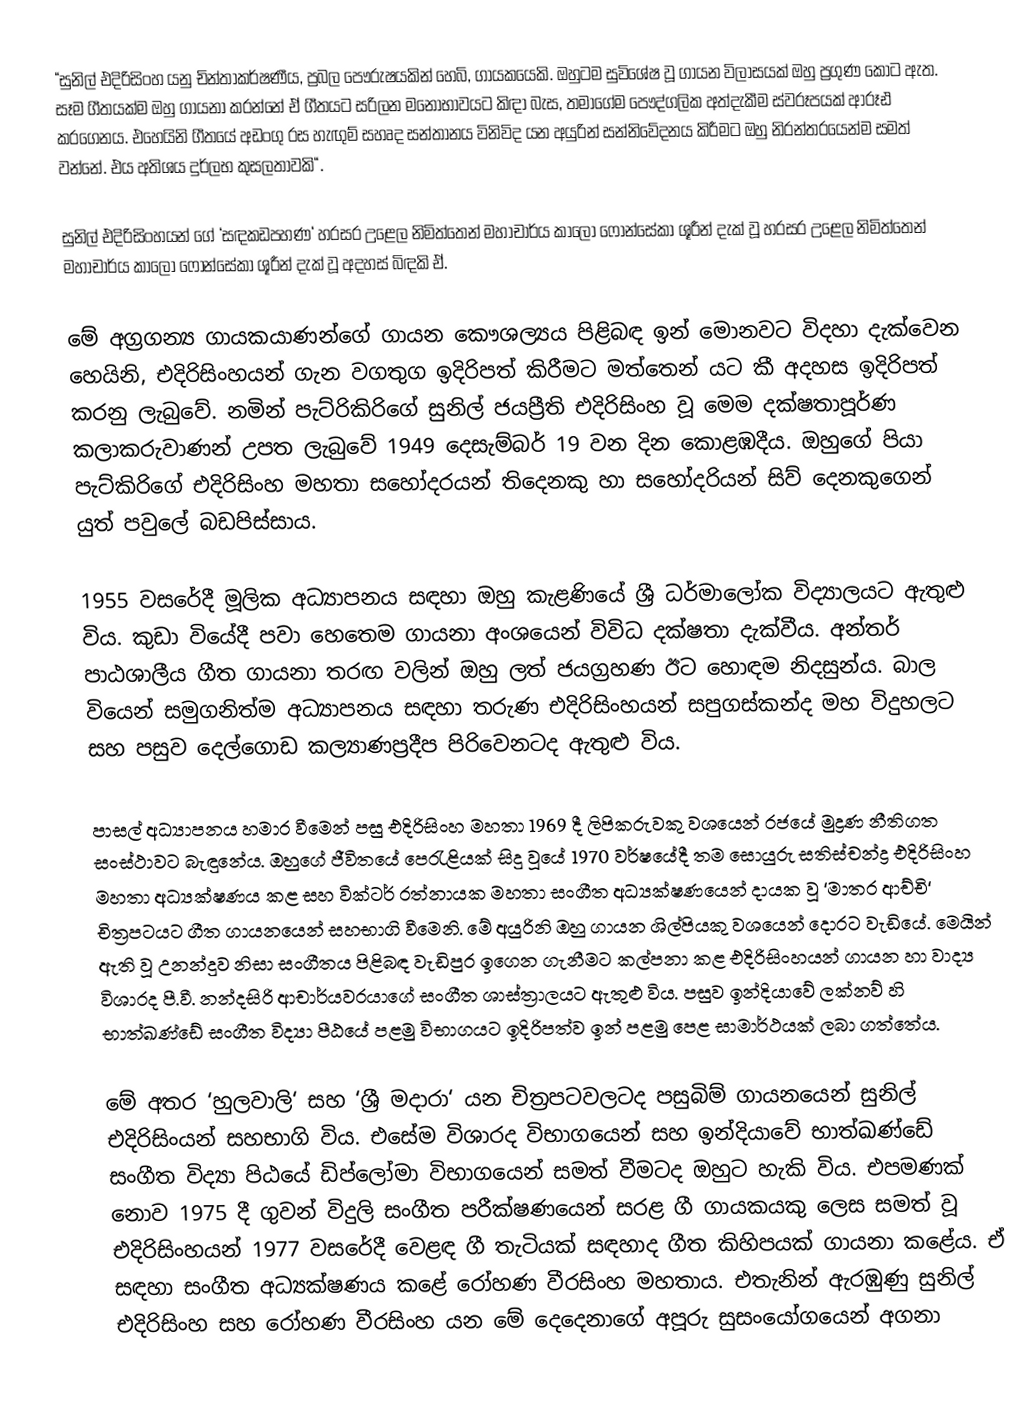
“සුනිල් එදිරිසිංහ යනු චින්තාකර්ෂණීය, ප්‍රබල පෞරුෂයකින් හෙබි, ගායකයෙකි. ඔහුටම සුවිශේෂ වූ ගායන විලාසයක් ඔහු ප්‍රගුණ කොට ඇත. සෑම ගීතයක්ම ඔහු ගායනා කරන්නේ ඒ ගීතයට සරිලන මනෝභාවයට කිඳා බැස, තමාගේම පෞද්ගලික අත්දැකීම ස්වරූපයක් ආරූඪ කරගෙනය. එහෙයිනි ගීතයේ අඩංගු රස හැඟුම් සහෘද සන්තානය විනිවිද යන අයුරින් සන්නිවේදනය කිරීමට ඔහු නිරන්තරයෙන්ම සමත් වන්නේ. එය අතිශය දුර්ලභ කුසලතාවකි“.

සුනිල් එදිරිසිංහයන් ගේ ‘සඳකඩපහණ‘ හරසර උළෙල නිමිත්තෙන් මහාචාර්ය කාලෝ ෆොන්සේකා ශූරීන් දැක් වූ හරසර උළෙල නිමිත්තෙන් මහාචාර්ය කාලෝ ෆොන්සේකා ශූරීන් දැක් වූ අදහස් බිඳකි ඒ.

මේ අග්‍රගන්‍ය ගායකයාණන්ගේ ගායන කෞශල්‍යය පිළිබඳ ඉන් මොනවට විදහා දැක්වෙන හෙයිනි, එදිරිසිංහයන් ගැන වගතුග ඉදිරිපත් කිරීමට මත්තෙන් යට කී අදහස ඉදිරිපත් කරනු ලැබුවේ. නමින් පැට්රිකිරිගේ සුනිල් ජයප්‍රීති එදිරිසිංහ වූ මෙම දක්ෂතාපූර්ණ කලාකරුවාණන් උපත ලැබුවේ 1949 දෙසැම්බර් 19 වන දින කොළඹදීය. ඔහුගේ පියා  පැට්කිරිගේ එදිරිසිංහ මහතා සහෝදරයන් තිදෙනකු හා සහෝදරියන් සිව් දෙනකුගෙන් යුත් පවුලේ බඩපිස්සාය.

1955 වසරේදී මූලික අධ්‍යාපනය සඳහා ඔහු කැළණියේ ශ්‍රී ධර්මාලෝක විද්‍යාලයට ඇතුළු විය. කුඩා වියේදී පවා හෙතෙම ගායනා අංශයෙන් විවිධ දක්ෂතා දැක්වීය. අන්තර් පාඨශාලීය ගීත ගායනා තරඟ වලින් ඔහු ලත් ජයග්‍රහණ ඊට හොඳම නිදසුන්ය. බාල වියෙන් සමුගනිත්ම අධ්‍යාපනය ස‍ඳහා තරුණ එදිරිසිංහයන් සපුගස්කන්ද මහ විදුහලට සහ පසුව දෙල්ගොඩ කල්‍යාණප්‍රදීප පිරිවෙනටද ඇතුළු විය.

පාසල් අධ්‍යාපනය හමාර වීමෙන් පසු එදිරිසිංහ මහතා 1969 දී ලිපිකරුවකු වශයෙන් රජයේ මුද්‍රණ නීතිගත සංස්ථාවට බැඳුනේය. ඔහුගේ ජීවිතයේ පෙරැළියක් සිදු වූයේ 1970 වර්ෂයේදී තම සොයුරු සතිස්චන්ද්‍ර එදිරිසිංහ මහතා අධ්‍යක්ෂණය කළ සහ වික්ටර් රත්නායක මහතා සංගීත අධ්‍යක්ෂණයෙන් දායක වූ ‘මාතර ආච්චි‘ චිත්‍රපටයට ගීත ගායනයෙන් සහභාගි වීමෙනි. මේ අයුරිනි ඔහු ගායන ශිල්පියකු වශයෙන් දොරට වැඩියේ. මෙයින් ඇති වූ උනන්දුව නිසා සංගීතය පිළිබඳ වැඩිපුර ඉගෙන ගැනීමට කල්පනා කළ එදිරිසිංහයන් ගායන හා වාද්‍ය විශාරද පී.වී. නන්දසිරි ආචාර්යවරයාගේ සංගීත ශාස්ත්‍රාලයට ඇතුළු විය. පසුව ඉන්දියාවේ ලක්නව් හි භාත්ඛණ්ඩේ සංගීත විද්‍යා පීඨයේ පළමු විභාගයට ඉදිරිපත්ව ඉන් පළමු පෙළ සාමාර්ථයක් ලබා ගත්තේය.

මේ අතර ‘හුලවාලි‘ සහ ‘ශ්‍රී මදාරා‘ යන චිත්‍රපටවලටද පසුබිම් ගායනයෙන් සුනිල් එදිරිසිංයන් සහභාගි විය. එසේම විශාරද විභාගයෙන් සහ ඉන්දියාවේ භාත්ඛණ්ඩේ සංගීත විද්‍යා පිඨයේ ඩිප්ලෝමා විභාගයෙන් සමත් වීමටද ඔහුට හැකි විය. එපමණක් නොව 1975 දී ගුවන් විදුලි සංගීත පරීක්ෂණයෙන් සරළ ගී ගායකයකු ලෙස සමත් වූ එදිරිසිංහයන් 1977 වසරේදී වෙළඳ ගී තැටියක් සඳහාද ගීත කිහිපයක් ගායනා කළේය. ඒ සඳහා සංගීත අධ්‍යක්ෂණය කළේ රෝහණ වීරසිංහ මහතාය. එතැනින් ඇරඹුණු සුනිල් එදිරිසිංහ සහ රෝහණ වීරසිංහ යන මේ දෙදෙනාගේ අපූරු සුසංයෝගයෙන් අගනා